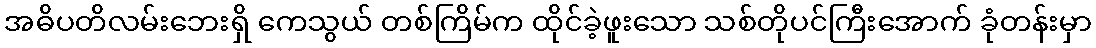
အဓိပတိလမ်းဘေးရှိ ကေသွယ် တစ်ကြိမ်က ထိုင်ခဲ့ဖူးသော သစ်တိုပင်ကြီးအောက် ခုံတန်းမှာ